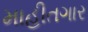
માહીતગાર